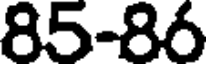
85-86